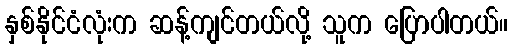
နှစ်နိုင်ငံလုံးက ဆန့်ကျင်တယ်လို့ သူက ပြောပါတယ်။